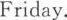
Friday.